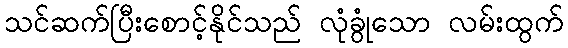
သင်ဆက်ပြီးစောင့်နိုင်သည် လုံခွုံသော လမ်းထွက်